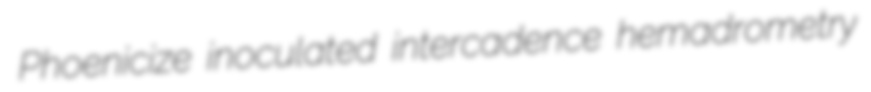
Phoenicize inoculated intercadence hemadrometry